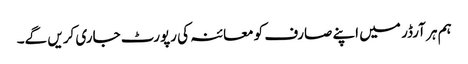
ہم ہر آرڈر میں اپنے صارف کو معائنہ کی رپورٹ جاری کریں گے۔